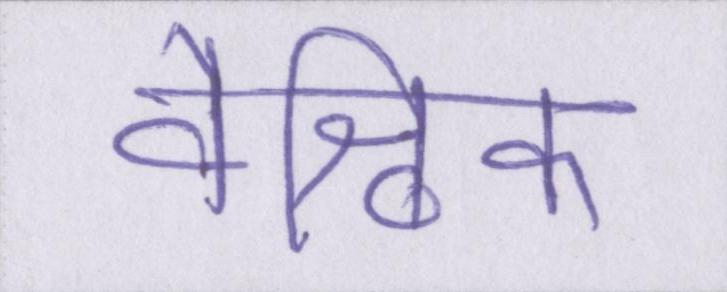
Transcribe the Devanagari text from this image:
वैश्विक